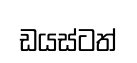
ඩයස්ටත්